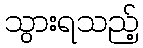
သွားရသည့်